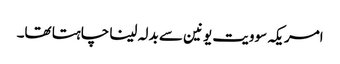
امریکہ سوویت یونین سے بدلہ لینا چاہتا تھا۔